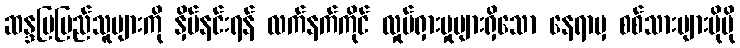
ဆန္ဒပြပြည်သူများကို နှိမ်နင်းရန် လက်နက်ကိုင် လှုပ်ရှားမှုများရှိသော နေရာမှ စစ်သားများပိုမို